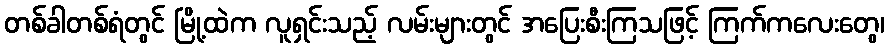
တစ်ခါတစ်ရံတွင် မြို့ထဲက လူရှင်းသည့် လမ်းများတွင် အပြေးစီးကြသဖြင့် ကြက်ကလေးတွေ၊